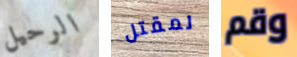
الرحيل لمقتل وقم